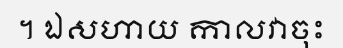
។ ឯសហាយ កាលវាចុះ